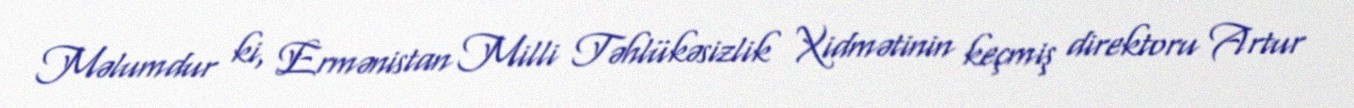
Məlumdur ki, Ermənistan Milli Təhlükəsizlik Xidmətinin keçmiş direktoru Artur